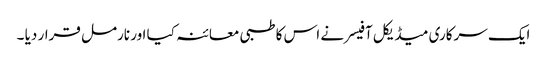
ایک سرکاری میڈیکل آفیسر نے اس کا طبی معائنہ کیا اور نارمل قرار دیا ۔